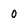
Character: O